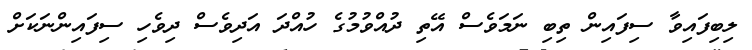
ލިބިފައިވާ ސިފައިން ތިބި ނަމަވެސް އޭތި ދުއްވުމުގެ ހުއްދަ އަދިވެސް ދިވެހި ސިފައިންނަކަށް